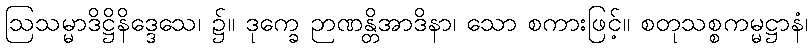
ဩသမ္မာဒိဋ္ဌိနိဒ္ဒေသေ၊ ၌။ ဒုက္ခေ ဉာဏန္တိအာဒိနာ၊ သော စကားဖြင့်။ စတုသစ္စကမ္မဋ္ဌာနံ၊